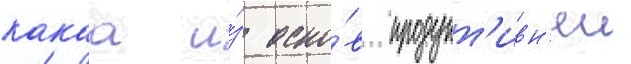
какаа и́з осно́в продукт'ивн'еи